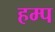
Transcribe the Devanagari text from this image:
हम्प